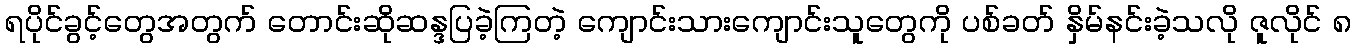
ရပိုင်ခွင့်တွေအတွက် တောင်းဆိုဆန္ဒပြခဲ့ကြတဲ့ ကျောင်းသားကျောင်းသူတွေကို ပစ်ခတ် နှိမ်နင်းခဲ့သလို ဇူလိုင် ၈